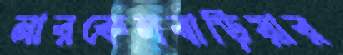
নারকেলবাড়িয়ার